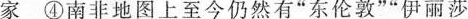
家④南非地图上至今仍然有”东伦敦””伊丽莎